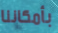
بأمكاننا